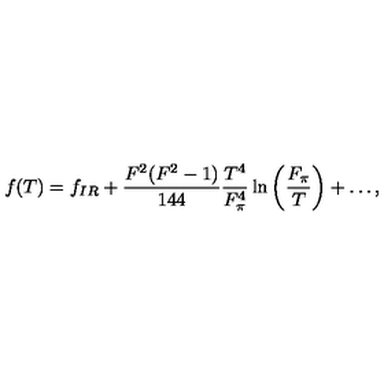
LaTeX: f ( T ) = f _ { I R } + \frac { F ^ { 2 } ( F ^ { 2 } - 1 ) } { 1 4 4 } \frac { T ^ { 4 } } { F _ { \pi } ^ { 4 } } \ln \left( \frac { F _ { \pi } } { T } \right) + \ldots ,